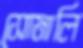
সোমালি